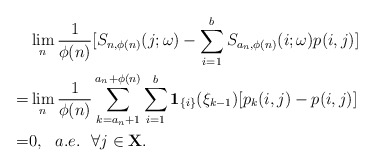
\begin{align*}&\lim_{n}\frac{1}{\phi(n)}[S_{n,\phi(n)}(j;\omega)-\sum_{i=1}^bS_{a_n,\phi(n)}(i;\omega)p(i,j)]\\=&\lim_{n}\frac{1}{\phi(n)}\sum_{k=a_n+1}^{a_n+\phi(n)}\sum_{i=1}^b\mathbf{1}_{\{i\}}(\xi_{k-1})[p_k(i,j)-p(i,j)]\\=&0, \ \ a.e. \ \ \forall j\in \mathbf{X}.\end{align*}